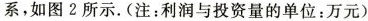
系，如图2所示。(注：利润与投资量的单位：万元)